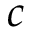
c